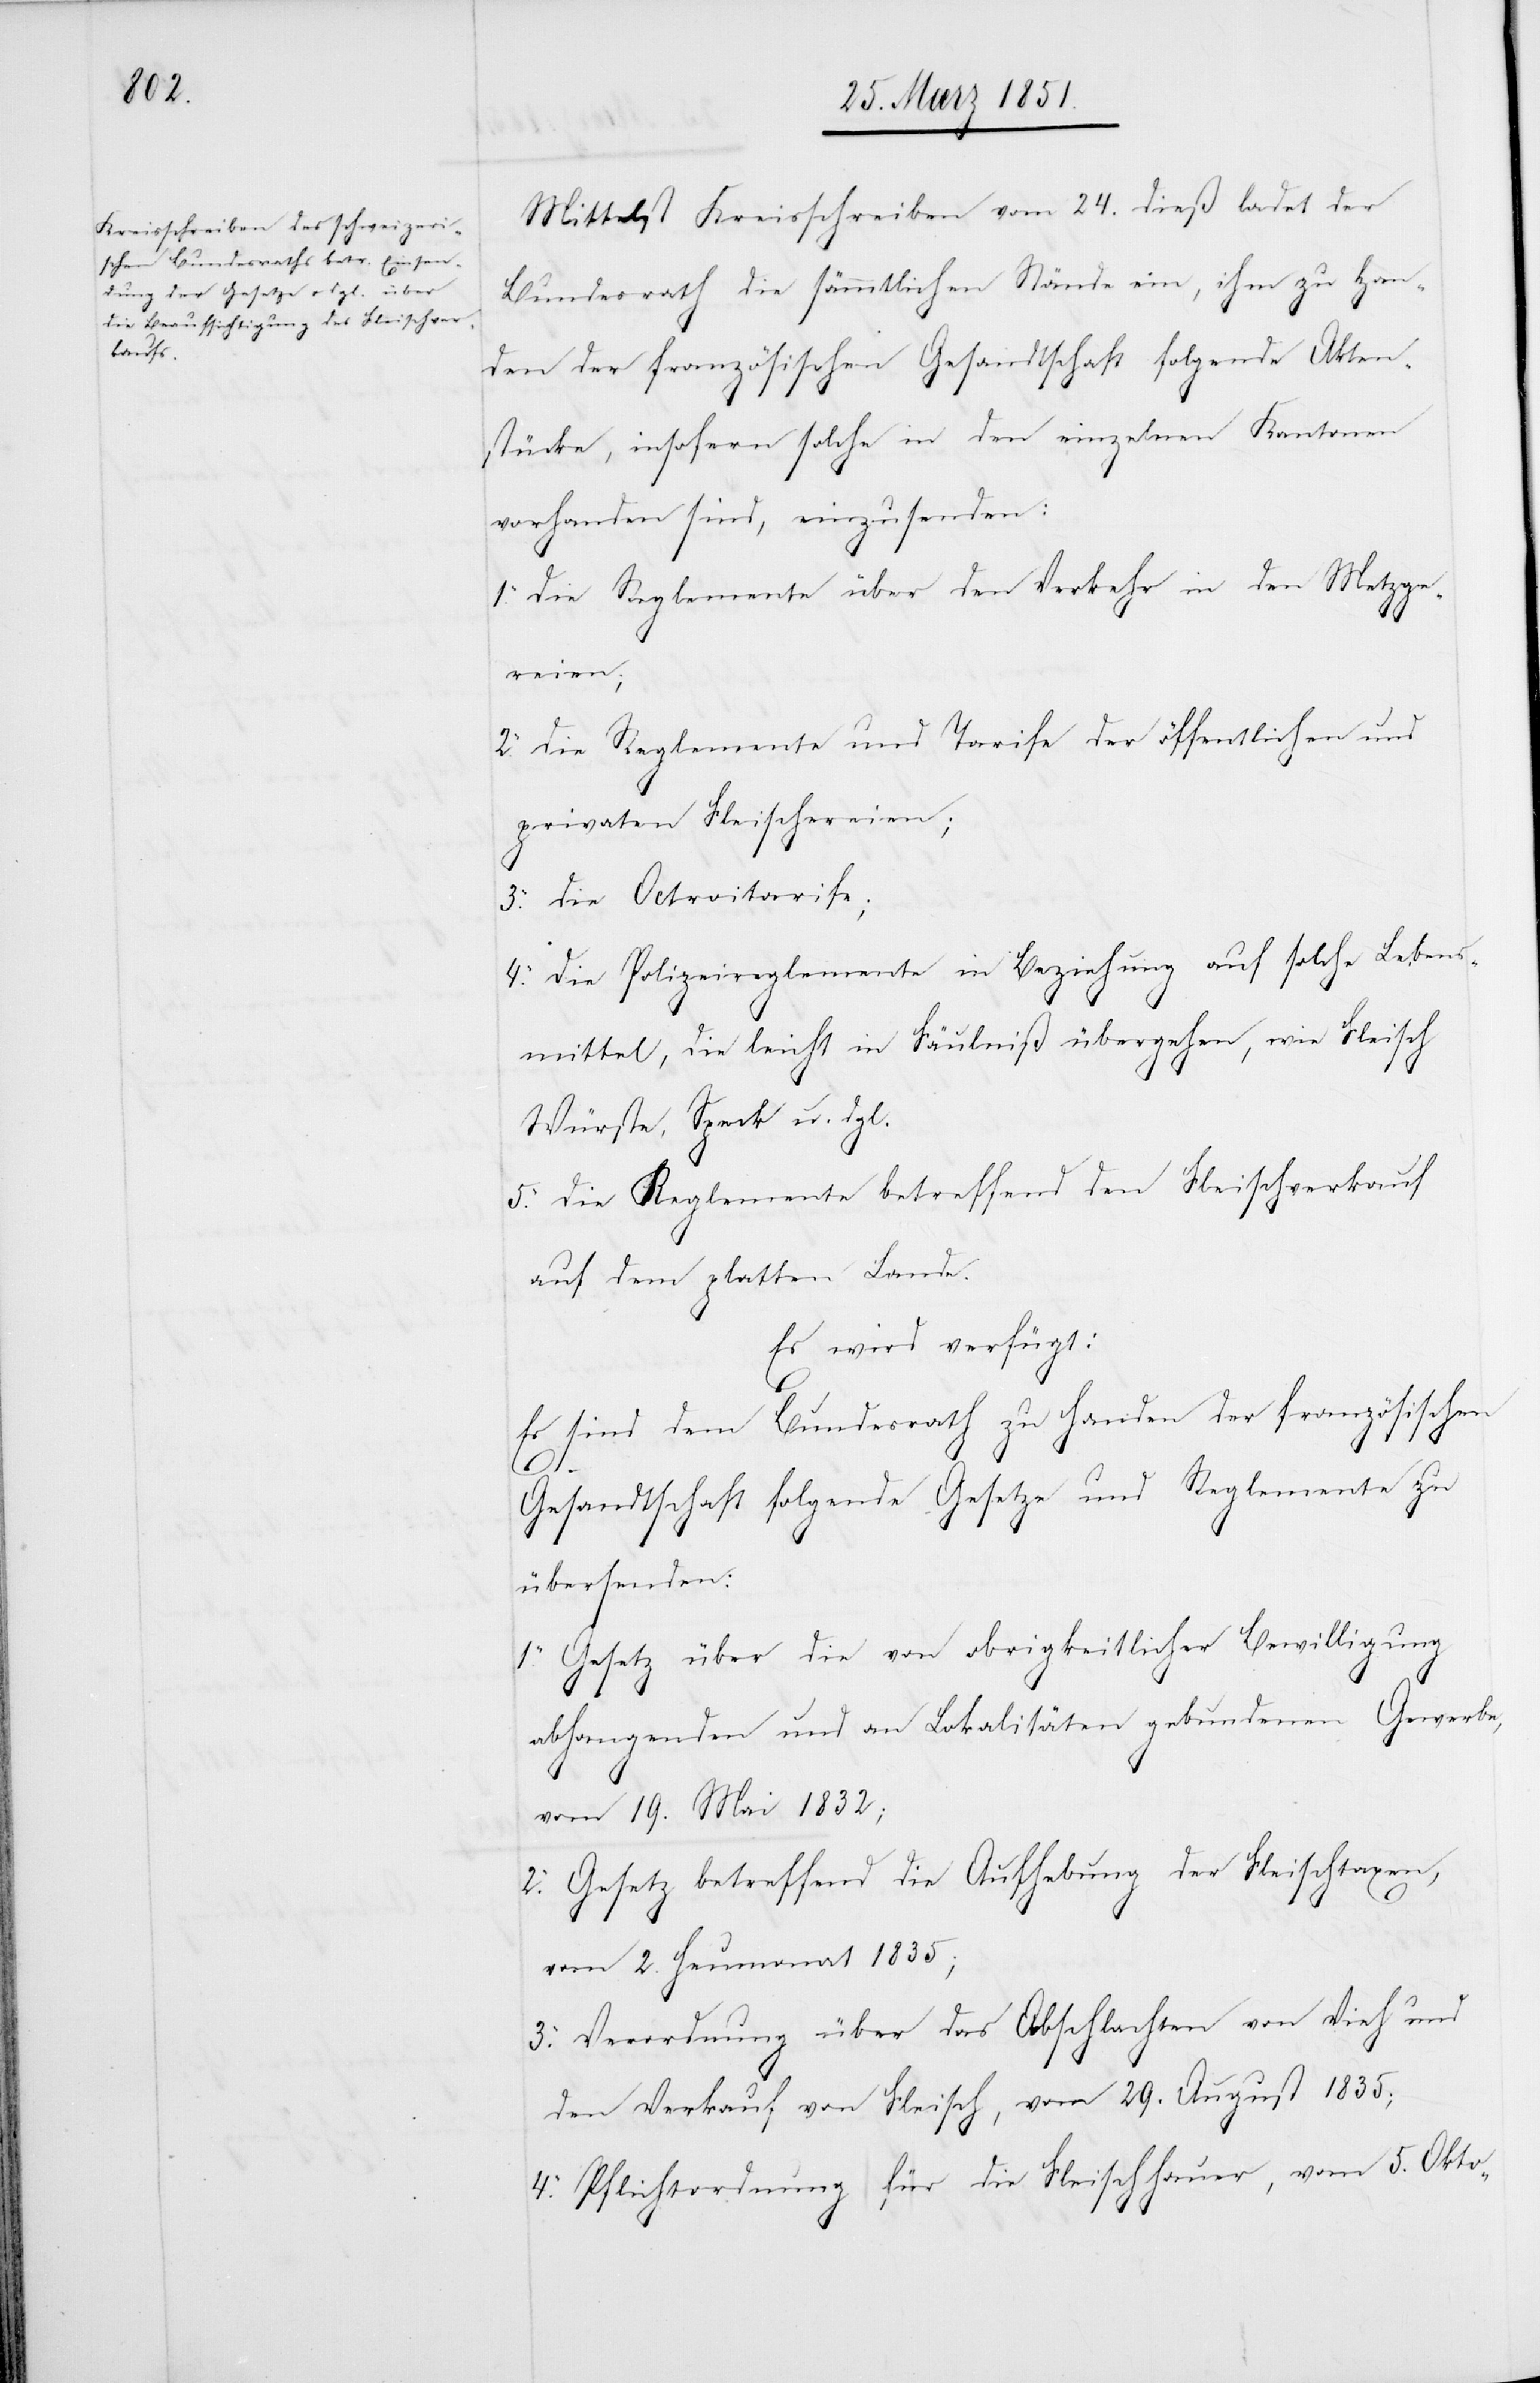
2.

Mittelst Kreisschreiben vom 24. dieß ladet der
Bundesrath die sämmtlichen Stände ein, ihm zu Han¬
den der französischen Gesandtschaft folgende Akten¬
stücke, insofern solche in den einzelnen Kantonen
vorhanden sind, einzusenden:
die Reglemente über den Verkehr in den Metzge¬
reien;
die Reglemente und Tarife der öffentlichen und
privaten Fleischereien;
3.
die Octroitarife;
die Polizeireglemente in Beziehung auf solche Lebens¬
mittel, die leicht in Fäulniß übergehen, wie Fleisch[,]
Würste, Speck u. dgl.
die Reglemente betreffend den Fleischverkauf
auf dem platten Lande.
Es wird verfügt:
Es sind dem Bundesrath zu Handen der französischen
3.
Gesandtschaft folgende Gesetze und Reglemente zu
übersenden:
Gesetz über die von obrigkeitlicher Bewilligung
4.
abhangenden und an Lokalitäten gebundenen Gewerbe,
vom 19. Mai 1832;
Gesetz betreffend die Aufhebung der Fleischtaxen,
vom 2. Heumonat 1835;
Verordnung über das Abschlachten von Vieh und
den Verkauf von Fleisch, vom 29. August 1835;
Pflichtordnung für die Fleischhauer, vom 5. Okto-